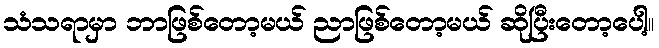
သံသရာမှာ ဘာဖြစ်တော့မယ် ညာဖြစ်တော့မယ် ဆိုပြီးတော့ပေါ့။